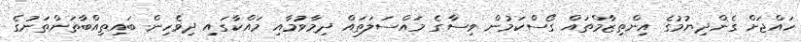
ހައްޖަށް ގެންދިޔުމުގެ އިންތިޒާމްތައް ގޯސްކަމުން ވިސާގެ މައްސަލަތައް ދިމާވުމާއި މައްކާގައި ދިވެހިން ބައިތިއްބާތަންތަނުގެ